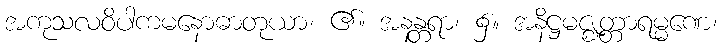
အကုသလဝိပါကမနောဓာတုယာ၊ ၏။ အနန္တရာ၊ ၌။ အနိဋ္ဌမဇ္ဈတ္တာရမ္မဏေ၊